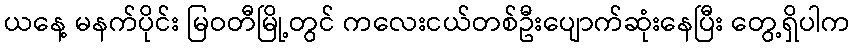
ယနေ့ မနက်ပိုင်း မြဝတီမြို့တွင် ကလေးငယ်တစ်ဦးပျောက်ဆုံးနေပြီး တွေ့ရှိပါက